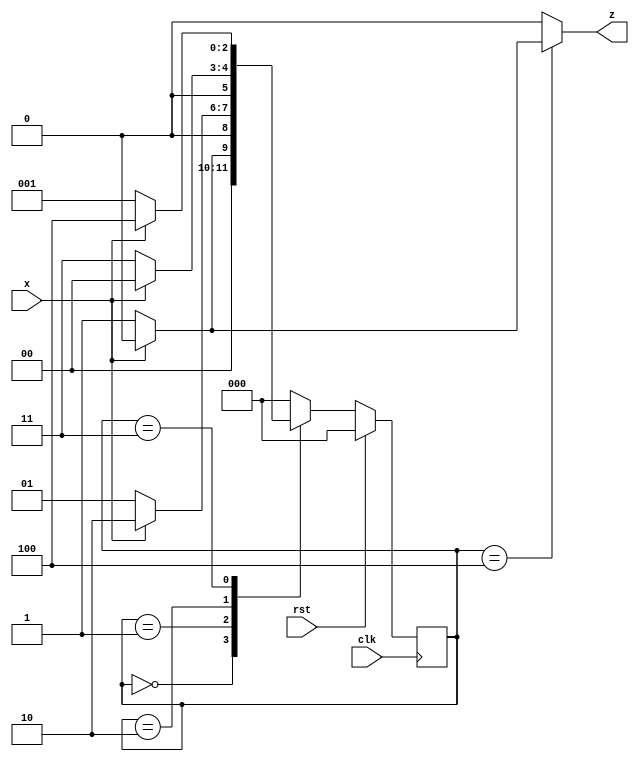
module seq_detector_n_olp_01010(input clk, rst, x, output reg z);
  parameter S0 = 0;
  parameter S1 = 1;
  parameter S2 = 2;
  parameter S3 = 3;
  parameter S4 = 4;
  
  reg[2:0] ps,ns;
  always @(posedge clk )
 begin
    if(rst) begin 
      ps<= 0;
    end
    else ps<=ns;
  end
  
  always @(ps,x) begin
    case(ps)
      S0: begin
        ns=x?S0:S1;
        z=x?0:0;
      end
       
       S1: begin
        ns=x?S2:S1;
        z=x?0:0;
      end
       S2: begin
        ns=x?S0:S3;
        z=x?0:0;
      end
       S3: begin
        ns=x?S4:S1;
        z=x?0:0;
      end
       S4: begin
        ns=x?S0:S0;
        z=x?0:1;
      end
      
      default: begin ns <= S0;
        z=1'b0;
      end
    endcase
  end
endmodule


// Code your testbench here
// or browse Examples
module TB;
  reg clk, rst_n, x;
  wire z;
  
  seq_detector_n_olp_01010 d(clk, rst_n, x, z);
  initial clk = 0;   
  always #2 clk = ~clk;
    
  initial begin
    $monitor("%0t: x = %0b, z = %0b", $time, x, z);
    x = 0;
    #1 rst_n = 1;
    #2 rst_n = 0;
    
    #3 x = 1;
    #4 x = 0;
    #4 x = 1;
    #4 x = 0;
    #4 x = 1;
    #4 x = 0;
    #4 x = 1;
    #4 x = 0;
    #4 x = 1;
    #4 x = 0;
    #4 x = 1;
    #4 x = 0;
    #4 x = 0;
    #4 x = 1;
    #4 x = 0;
    #4 x = 1;
    #4 x = 0;
    #4 x = 1;
    #4 x = 0;
    #4 x = 1;
    #10;
    $finish;
  end
  
  /*initial begin
    $dumpfile("dump.vcd"); $dumpvars;
  end*/
 
endmodule